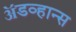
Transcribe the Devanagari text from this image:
ॲडव्हान्स